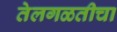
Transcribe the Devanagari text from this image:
तेलगळतीचा